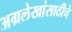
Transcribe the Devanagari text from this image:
अग्रलेखांसाठीचे